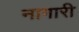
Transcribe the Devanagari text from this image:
नागारी